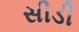
સીડી